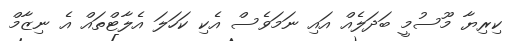
ކިރިޔާ މޫސުމީ ބަދަލެއް އައި ނަމަވެސް އެކި ކަހަލަ އެލާޓްތައް އެ ނިޒާމް